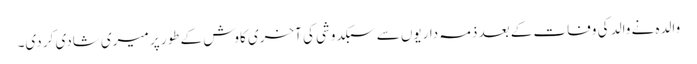
والدہ نے والد کی وفات کے بعد ذمہ داریوں سے سبکدوشی کی آخری کاوش کے طور پر میری شادی کر دی۔